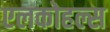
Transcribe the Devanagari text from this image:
एलकोहल्स